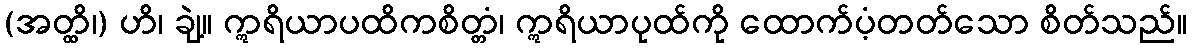
(အတ္ထိ၊) ဟိ၊ ချဲ့။ ဣရိယာပထိကစိတ္တံ၊ ဣရိယာပုထ်ကို ထောက်ပံ့တတ်သော စိတ်သည်။